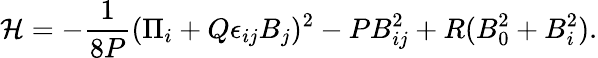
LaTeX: {\cal H}=-{\frac{1}{8P}}(\Pi_{i}+Q\epsilon_{ij}B_{j})^{2}-PB_{ij}^{2}+R(B_{0}^{2}+B_{i}^{2}).